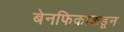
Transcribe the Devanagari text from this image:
बेनफिकाकडून